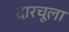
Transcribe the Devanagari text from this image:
दारचूला